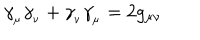
\gamma _ { _ \mu } \gamma _ { _ \nu } + \gamma _ { _ \nu } \gamma _ { _ \mu } = 2 g _ { \mu \nu }